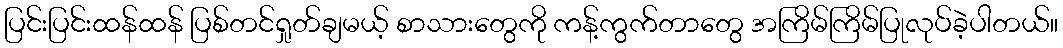
ပြင်းပြင်းထန်ထန် ပြစ်တင်ရှုတ်ချမယ့် စာသားတွေကို ကန့်ကွက်တာတွေ အကြိမ်ကြိမ်ပြုလုပ်ခဲ့ပါတယ်။